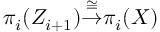
\pi _ { i } ( Z _ { i + 1 } ) { \stackrel { \cong } { \to } } \pi _ { i } ( X )